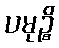
ပမုဉ္စိ